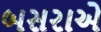
બસરાએ